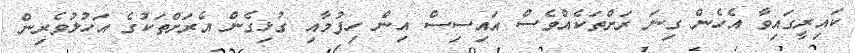
ކައިރީގައިވާ އެހެން ގިނަ ރަށްތަކެއްވެސް އައިސިސް އިން ހިފުމާއި ގުޅިގެން އެރަށްތަކުގެ އަހުލުވެރިން